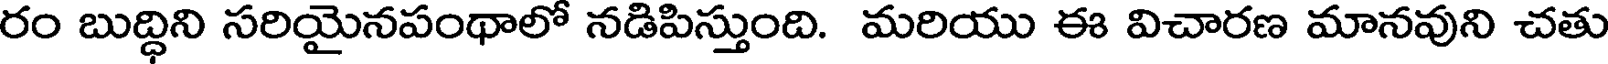
రం బుద్ధిని సరియైనపంథాలో నడిపిస్తుంది. మరియు ఈ విచారణ మానవుని చతు